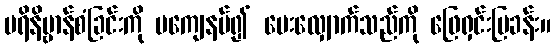
ပရိနိဗ္ဗာန်စံခြင်းကို မကျေနပ်၍ မေးလျှောက်သည်ကို ဖြေရှင်းပြခန်း။